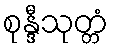
စုန္ဒီသုတ္တံ